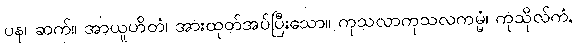
ပန၊ ဆက်။ အာယူဟိတံ၊ အားထုတ်အပ်ပြီးသော။ ကုသလာကုသလကမ္မံ၊ ကုသိုလ်ကံ,